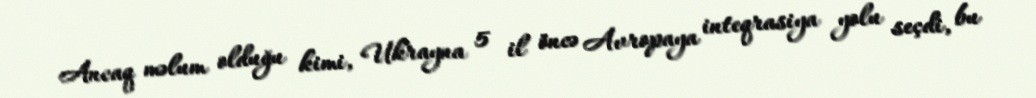
Ancaq məlum olduğu kimi, Ukrayna 5 il öncə Avropaya inteqrasiya yolu seçdi, bu